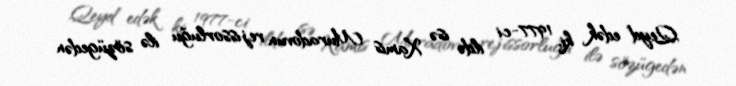
Qeyd edək ki, 1977-ci ildə isə Xamis Muradovun rejissorluğu ilə sözügedən